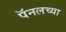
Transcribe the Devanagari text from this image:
पॅनलच्या